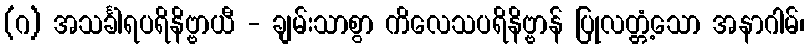
(ဂ) အသင်္ခါရပရိနိဗ္ဗာယီ - ချမ်းသာစွာ ကိလေသပရိနိဗ္ဗာန် ပြုလတ္တံ့သော အနာဂါမ်၊